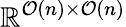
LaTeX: \mathbb{R}^{\mathcal{O}(n)\times\mathcal{O}(n)}